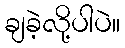
ချခဲ့လို့ပါပဲ။